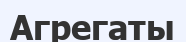
Агрегаты